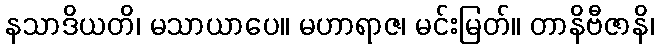
နသာဒိယတိ၊ မသာယာပေ။ မဟာရာဇ၊ မင်းမြတ်။ တာနိဗီဇာနိ၊